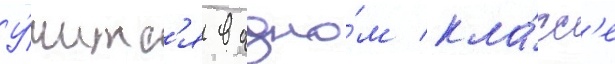
У́читс'я в одно́м кла́сс'е